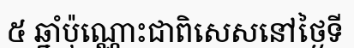
៥ ឆ្នាំប៉ុណ្ណោះជាពិសេសនៅថ្ងៃទី